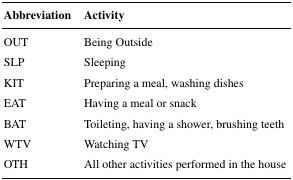
<table><thead><tr><td><b>Abbreviation</b></td><td><b>Activity</b></td></tr></thead><tbody><tr><td>OUT</td><td>Being Outside</td></tr><tr><td>SLP</td><td>Sleeping</td></tr><tr><td>KIT</td><td>Preparing a meal, washing dishes</td></tr><tr><td>EAT</td><td>Having a meal or snack</td></tr><tr><td>BAT</td><td>Toileting, having a shower, brushing teeth</td></tr><tr><td>WTV</td><td>Watching TV</td></tr><tr><td>OTH</td><td>All other activities performed in the house</td></tr></tbody></table>